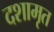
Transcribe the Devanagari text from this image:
दशामृत